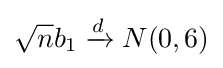
{\sqrt {n}}b_{1}\mathrel {\xrightarrow {d} } N(0,6)